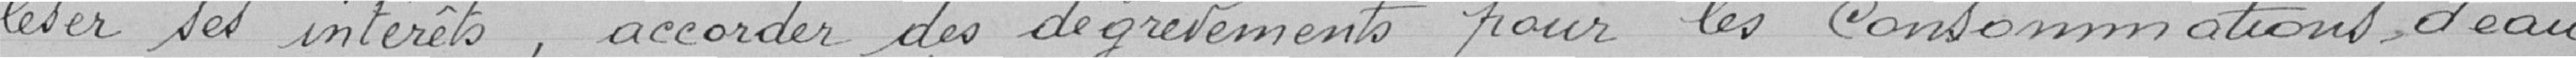
léser ses intérêts, accorder des dégrèvements pour les consommations d'eau